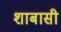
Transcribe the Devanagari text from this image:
शाबासी